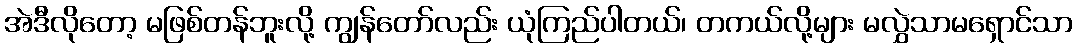
အဲဒီလိုတော့ မဖြစ်တန်ဘူးလို့ ကျွန်တော်လည်း ယုံကြည်ပါတယ်၊ တကယ်လို့များ မလွှဲသာမရှောင်သာ